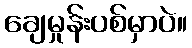
ချေမှုန်းပစ်မှာပဲ။